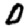
Digit: 0